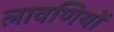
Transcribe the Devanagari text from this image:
लावणियों